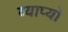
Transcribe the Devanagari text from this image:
व्याप्यो